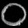
Digit: ၀